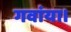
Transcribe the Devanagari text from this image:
गवांया।